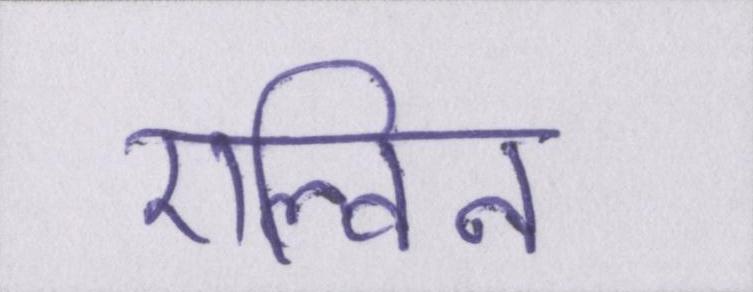
एल्विन